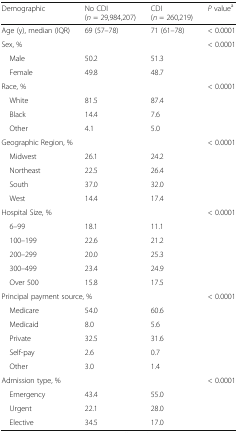
| Demographic | No CDI(n = 29,984,207) | CDI(n = 260,219) | P valuea |
 | --- | --- | --- | --- |
 | Age (y), median (IQR) | 69 (57–78) | 71 (61–78) | < 0.0001 |
 | <COLSPAN=3> Sex, % | <ROWSPAN=3> < 0.0001 |
 | Male | 50.2 | 51.3 |
 | Female | 49.8 | 48.7 |
 | <COLSPAN=3> Race, % | <ROWSPAN=4> < 0.0001 |
 | White | 81.5 | 87.4 |
 | Black | 14.4 | 7.6 |
 | Other | 4.1 | 5.0 |
 | <COLSPAN=3> Geographic Region, % | <ROWSPAN=5> < 0.0001 |
 | Midwest | 26.1 | 24.2 |
 | Northeast | 22.5 | 26.4 |
 | South | 37.0 | 32.0 |
 | West | 14.4 | 17.4 |
 | <COLSPAN=3> Hospital Size, % | <ROWSPAN=6> < 0.0001 |
 | 6–99 | 18.1 | 11.1 |
 | 100–199 | 22.6 | 21.2 |
 | 200–299 | 20.0 | 25.3 |
 | 300–499 | 23.4 | 24.9 |
 | Over 500 | 15.8 | 17.5 |
 | <COLSPAN=3> Principal payment source, % | <ROWSPAN=6> < 0.0001 |
 | Medicare | 54.0 | 60.6 |
 | Medicaid | 8.0 | 5.6 |
 | Private | 32.5 | 31.6 |
 | Self-pay | 2.6 | 0.7 |
 | Other | 3.0 | 1.4 |
 | <COLSPAN=3> Admission type, % | <ROWSPAN=4> < 0.0001 |
 | Emergency | 43.4 | 55.0 |
 | Urgent | 22.1 | 28.0 |
 | Elective | 34.5 | 17.0 |